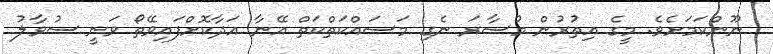
ނޫންކަމަށެވެ. މީގެ އިތުރުން މުސާރަ ނެގި މަސައްކަތްކަތް އޭނާ އަދާކޮށްފައިވޭތޯ ވަނީ ސުވާލު